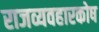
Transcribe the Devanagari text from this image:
राजव्यवहारकोष